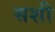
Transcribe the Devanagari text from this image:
सशी